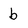
Character: b